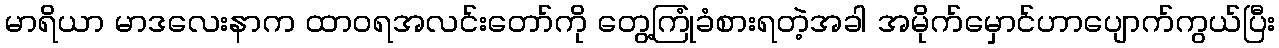
မာရိယာ မာဒလေးနာက ထာဝရအလင်းတော်ကို တွေ့ကြုံခံစားရတဲ့အခါ အမိုက်မှောင်ဟာပျောက်ကွယ်ပြီး